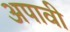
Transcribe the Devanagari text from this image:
अपावी